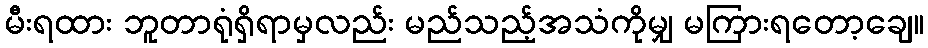
မီးရထား ဘူတာရုံရှိရာမှလည်း မည်သည့်အသံကိုမျှ မကြားရတော့ချေ။